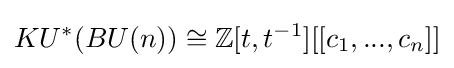
KU^{*}(BU(n))\cong \mathbb {Z} [t,t^{-1}][[c_{1},...,c_{n}]]